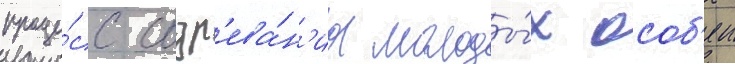
проце́сс созр'ева́н'иа молоды́х особ'еи